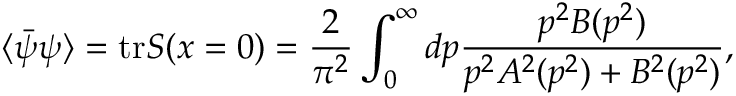
\langle \bar { \psi } \psi \rangle = \mathrm { t r } S ( x = 0 ) = \frac { 2 } { \pi ^ { 2 } } \int _ { 0 } ^ { \infty } d p \frac { p ^ { 2 } B ( p ^ { 2 } ) } { p ^ { 2 } A ^ { 2 } ( p ^ { 2 } ) + B ^ { 2 } ( p ^ { 2 } ) } ,